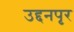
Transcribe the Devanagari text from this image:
उद्दनपृर